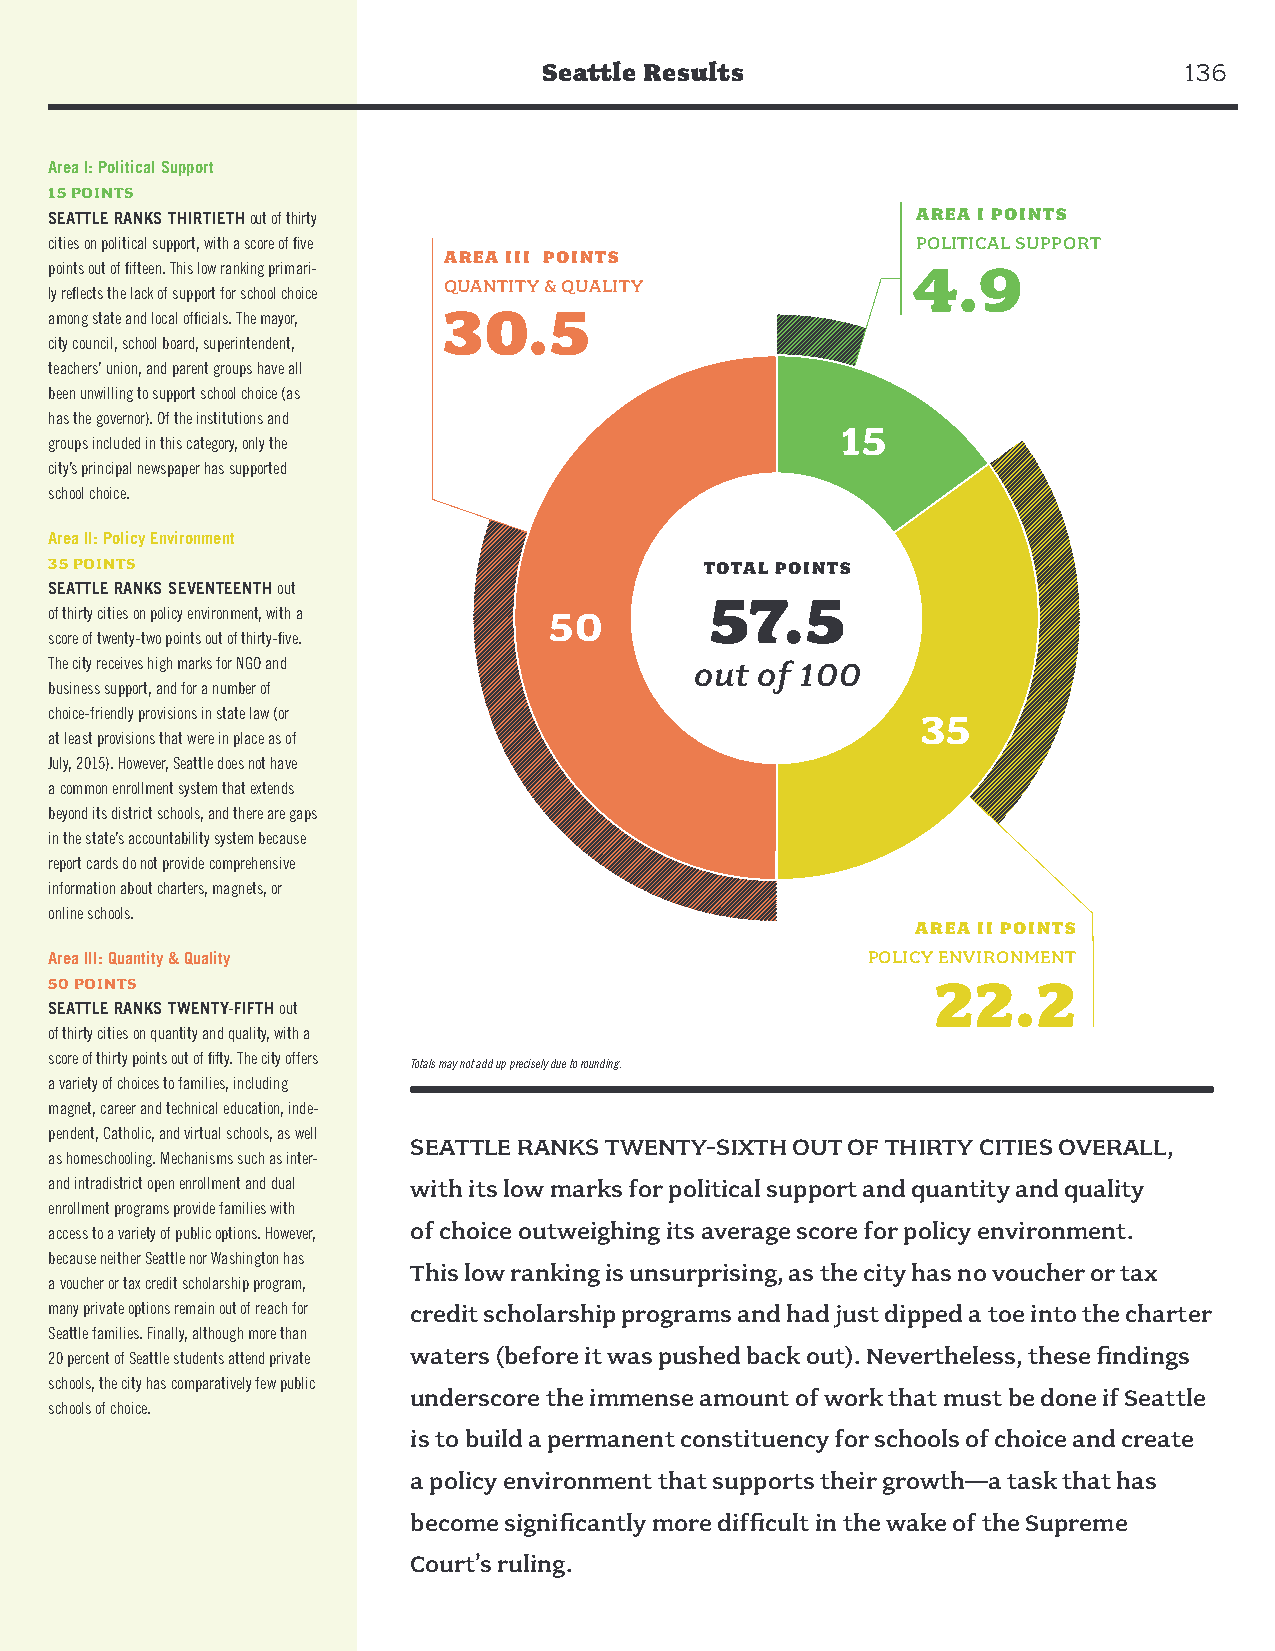
Seattle Results                           136
 Area I: Political Support
 15 POINTS
 SEATTLE RANKS THIRTIETH out of thirty                     AREA I POINTS
 cities on political support, with a score of five         POLITICAL SUPPORT
 AREA III POINTS
 points out of fifteen. This low ranking primari-         4.9
 QUANTITY & QUALITY
 ly reflects the lack of support for school choice
 30.5
 among state and local officials. The mayor,
 city council, school board, superintendent,
 teachers’ union, and parent groups have all
 been unwilling to support school choice (as
 has the governor). Of the institutions and
 15
 groups included in this category, only the
 city’s principal newspaper has supported
 school choice.
 Area II: Policy Environment
 35 POINTS                                   TOTAL POINTS
 SEATTLE RANKS SEVENTEENTH out
 57.5
 of thirty cities on policy environment, with a 50
 score of twenty-two points out of thirty-five.
 The city receives high marks for NGO and   out of 100
 business support, and for a number of
 choice-friendly provisions in state law (or               35
 at least provisions that were in place as of
 July, 2015). However, Seattle does not have
 a common enrollment system that extends
 beyond its district schools, and there are gaps
 in the state’s accountability system because
 report cards do not provide comprehensive
 information about charters, magnets, or
 online schools.
 AREA II POINTS
 Area III: Quantity & Quality                          POLICY ENVIRONMENT
 50 POINTS                                                  22.2
 SEATTLE RANKS TWENTY-FIFTH out
 of thirty cities on quantity and quality, with a
 score of thirty points out of fifty. The city offers
 Totals may not add up precisely due to rounding.
 a variety of choices to families, including
 magnet, career and technical education, inde-
 pendent, Catholic, and virtual schools, as well
 SEATTLE RANKS TWENTY-SIXTH OUT OF THIRTY CITIES OVERALL,
 as homeschooling. Mechanisms such as inter-
 and intradistrict open enrollment and dual with its low marks for political support and quantity and quality
 enrollment programs provide families with
 of choice outweighing its average score for policy environment.
 access to a variety of public options. However,
 because neither Seattle nor Washington has
 This low ranking is unsurprising, as the city has no voucher or tax
 a voucher or tax credit scholarship program,
 many private options remain out of reach for credit scholarship programs and had just dipped a toe into the charter
 Seattle families. Finally, although more than
 waters (before it was pushed back out). Nevertheless, these findings
 20 percent of Seattle students attend private
 schools, the city has comparatively few public
 underscore the immense amount of work that must be done if Seattle
 schools of choice.
 is to build a permanent constituency for schools of choice and create
 a policy environment that supports their growth—a task that has
 become significantly more difficult in the wake of the Supreme
 Court’s ruling.